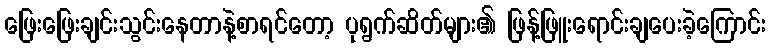
ဖြေးဖြေးချင်းသွင်းနေတာနဲ့စာရင်တော့ ပုရွက်ဆိတ်များ၏ ဖြန့်ဖြူးရောင်းချပေးခဲ့ကြောင်း